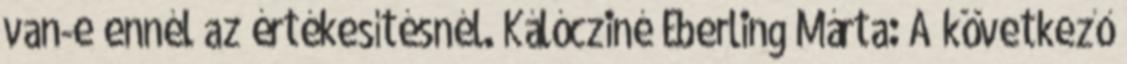
van-e ennél az értékesítésnél. Kálócziné Éberling Márta: A következő